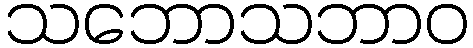
သဘောသဘာဝ